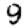
Digit: 9